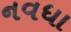
નવધા